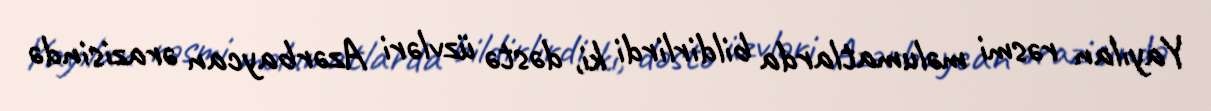
Yayılan rəsmi məlumatlarda bildirlirdi ki, dəstə üzvləri Azərbaycan ərazisində